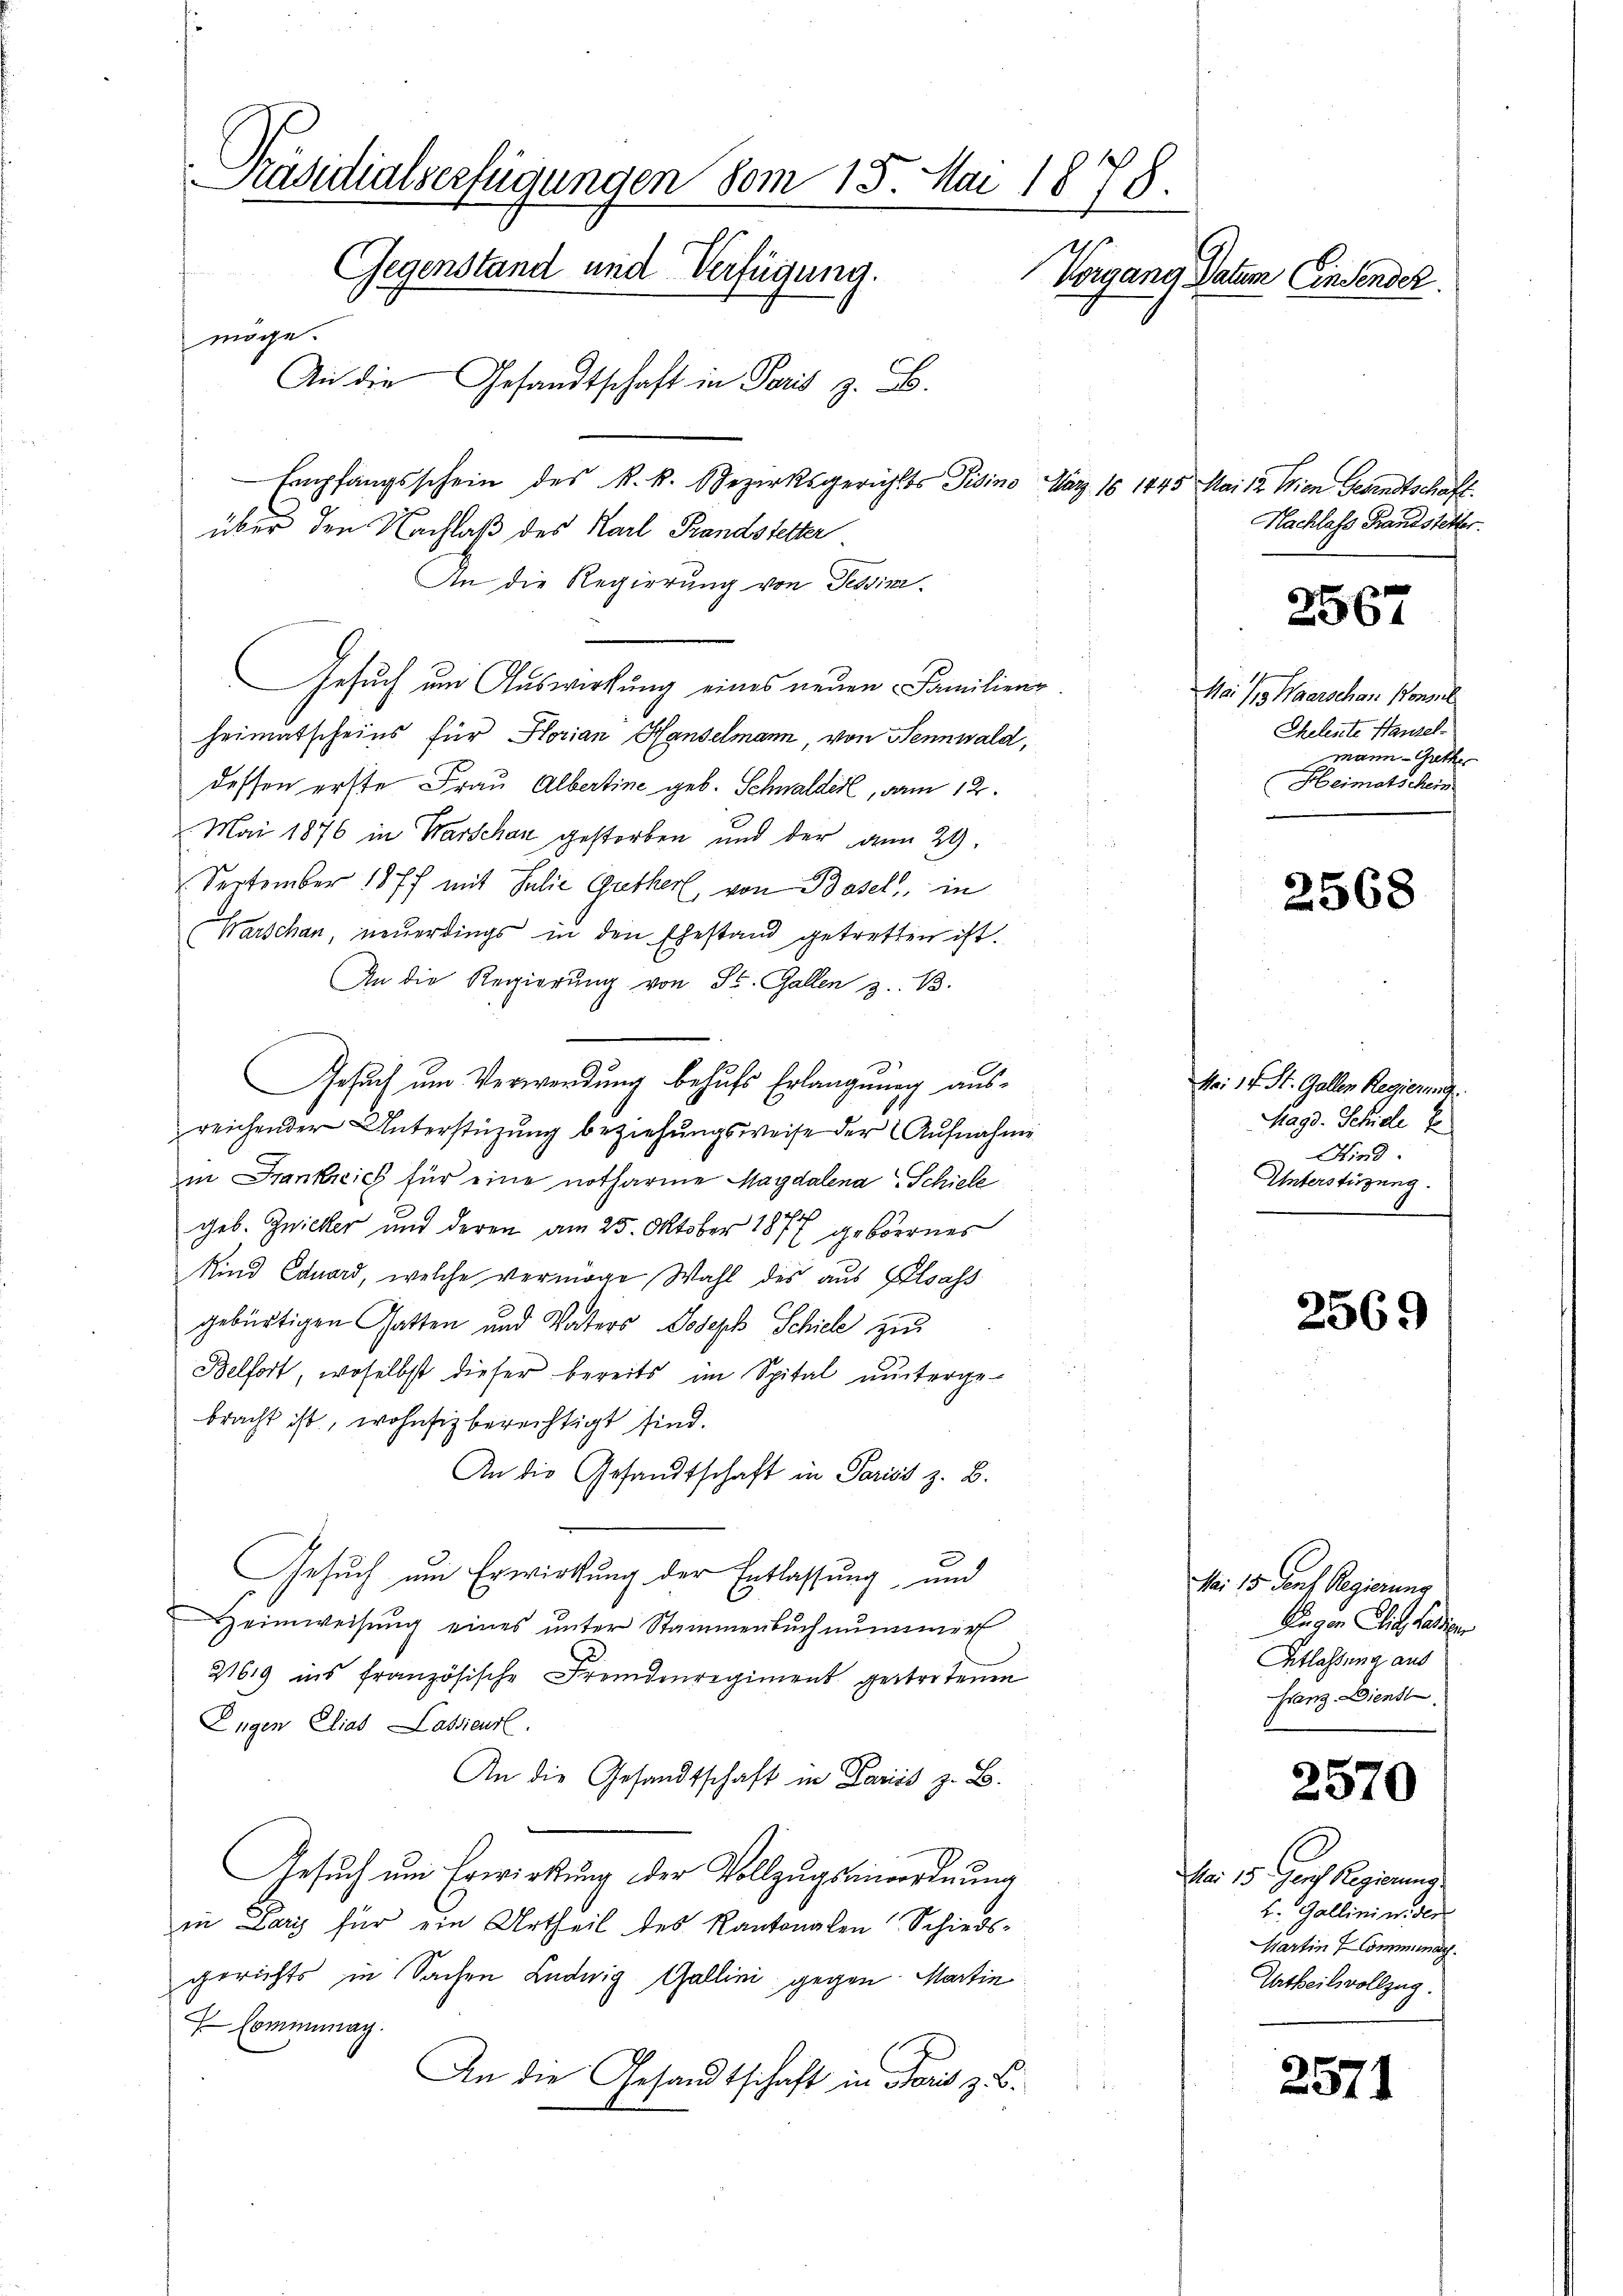
Präsidialverfügungen vom 15. Mai 1878.
Gegenstand und Verfügung.
Vorgang Datum Einsender
möge.
An die Gesandtschaft in Paris z. B.

Empfangsschein des k. k. Bezirksgerichts Pisino März 18 1445
An die Regierung von Tessini¬
Gesuch um Auswirkung eines neuen Familieng
heimatscheins für Horian Hanselmann, von Sennwald,
dessen erste Frau Albertine geb. Schwalder, vom 12.
Mai 1876 in Warschan gestorben und der an 29.
September 1877 mit Julie Guether, von Basel, in
(Warschan, neuerdings in den Ehestand getretten ist.
An die Regierŭng von St. Gallen z. B.
i

:
Gesuch um Verwendung behufs Erlangnung ausreichender Unterstützung beziehungsweise der Aufnahme
in Frankreich für eine notharine Magdalena Schiele
geb. Zwicker und deren am 25. Oktober 1877 gebornes
Kind Eduard, welche vermöge Wahl des aus Elsass
gebürtigen Gatten und Vaters Joseph Schiele zu
Belfort, woselbst dieser bereits im Spital unterge-
bracht ist, wohnsiz berechtigt sind.
An die Gesandtschaft in Pariss z. B.
Gesuch um Erwirkung der Entlassung und
eimweisung eines unter Stammenbuch nunmer
21619 ins französische Fremdenregiment gertortenen
Engen Elias Lassieurl.
An die Gesandtschaft in Paris z. B.
Gesŭch ŭm Erwirkung der Vollzŭgsanordnung
in Paris für ein Urtheil des Kantonalen Schieds-
gerichts in Sachen Ludwig Gallini gegen Martin
Cominimag.
An die Gesandtschaft in Paris z. B.

über den Nachlaß des Karl Brandstetter

Mai 12. Wien Gesandtschaft.
Nachlass Handstetter.

2567

Mai so Haarschen Konsul
Chelente Hansel
mann - Grethe
Heimatschein

2568

ki 14. St. Gallen Regierung
Magd. Schille E
Kind.
Unterstüzung.

256.

Mai 15. Senf Regierung
Auer von in Landigen
Atlassung aus
Franz Dienst

2570

Mai 15. Gerich Regierung
u. Gallini wider
Martin Communay.
Urtheilsvollzug.

2571